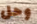
وحل